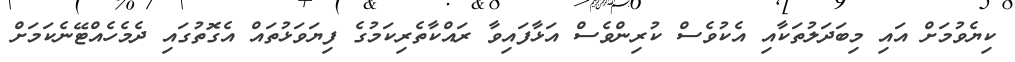
ކިޔެވުމަށް އައި މިބަދަލުތަކާއި އެކުވެސް ކުރިންވެސް އަޅާފައިވާ ރައްކާތެރިކަމުގެ ފިޔަވަޅުތައް އެގޮތުގައި ދެމެހެއްޓޭނެކަމަށް